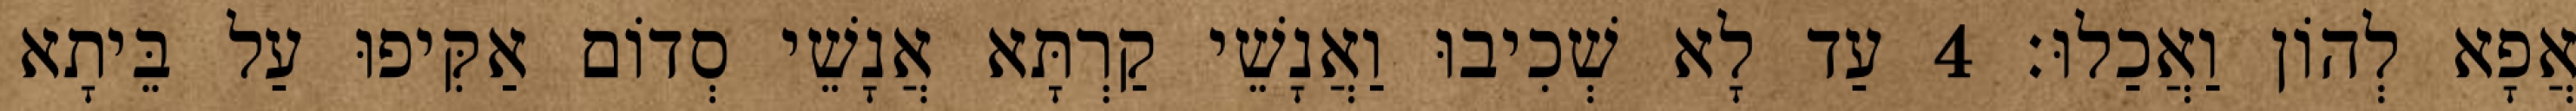
אֲפָא לְהוֹן וַאֲכַלוּ׃ 4 עַד לָא שְׁכִיבוּ וַאֲנָשֵׁי קַרְתָּא אֲנָשֵׁי סְדוֹם אַקִּיפוּ עַל בֵּיתָא